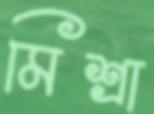
মিশ্রা